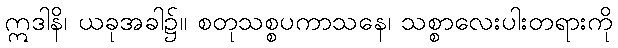
ဣဒါနိ၊ ယခုအခါ၌။ စတုသစ္စပကာသနေ၊ သစ္စာလေးပါးတရားကို